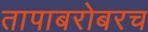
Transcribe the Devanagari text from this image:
तापाबरोबरच